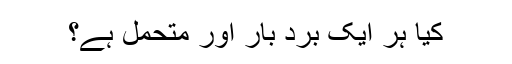
کیا ہر ایک برد بار اور متحمل ہے؟